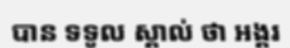
បាន ទទូល ស្គាល់ ថា អង្គរ